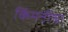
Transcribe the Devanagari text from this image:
किंमतींचा